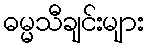
ဓမ္မသီချင်းများ